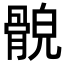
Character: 𩩕